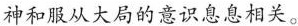
神和服从大局的意识息息相关。